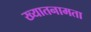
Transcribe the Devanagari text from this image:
ख्यातनामता